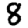
Digit: 8